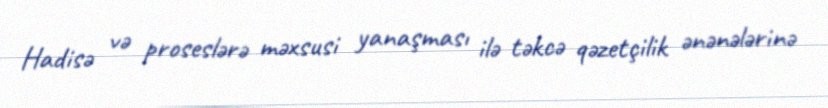
Hadisə və proseslərə məxsusi yanaşması ilə təkcə qəzetçilik ənənələrinə